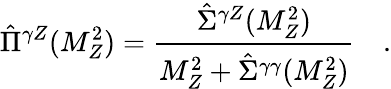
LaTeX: \hat{\Pi}^{\gamma Z}(M_{Z}^{2})=\frac{\hat{\Sigma}^{\gamma Z}(M_{Z}^{2})}{M_{Z}^{2}+\hat{\Sigma}^{\gamma\gamma}(M_{Z}^{2})}\quad.